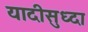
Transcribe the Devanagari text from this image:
यादीसुध्दा